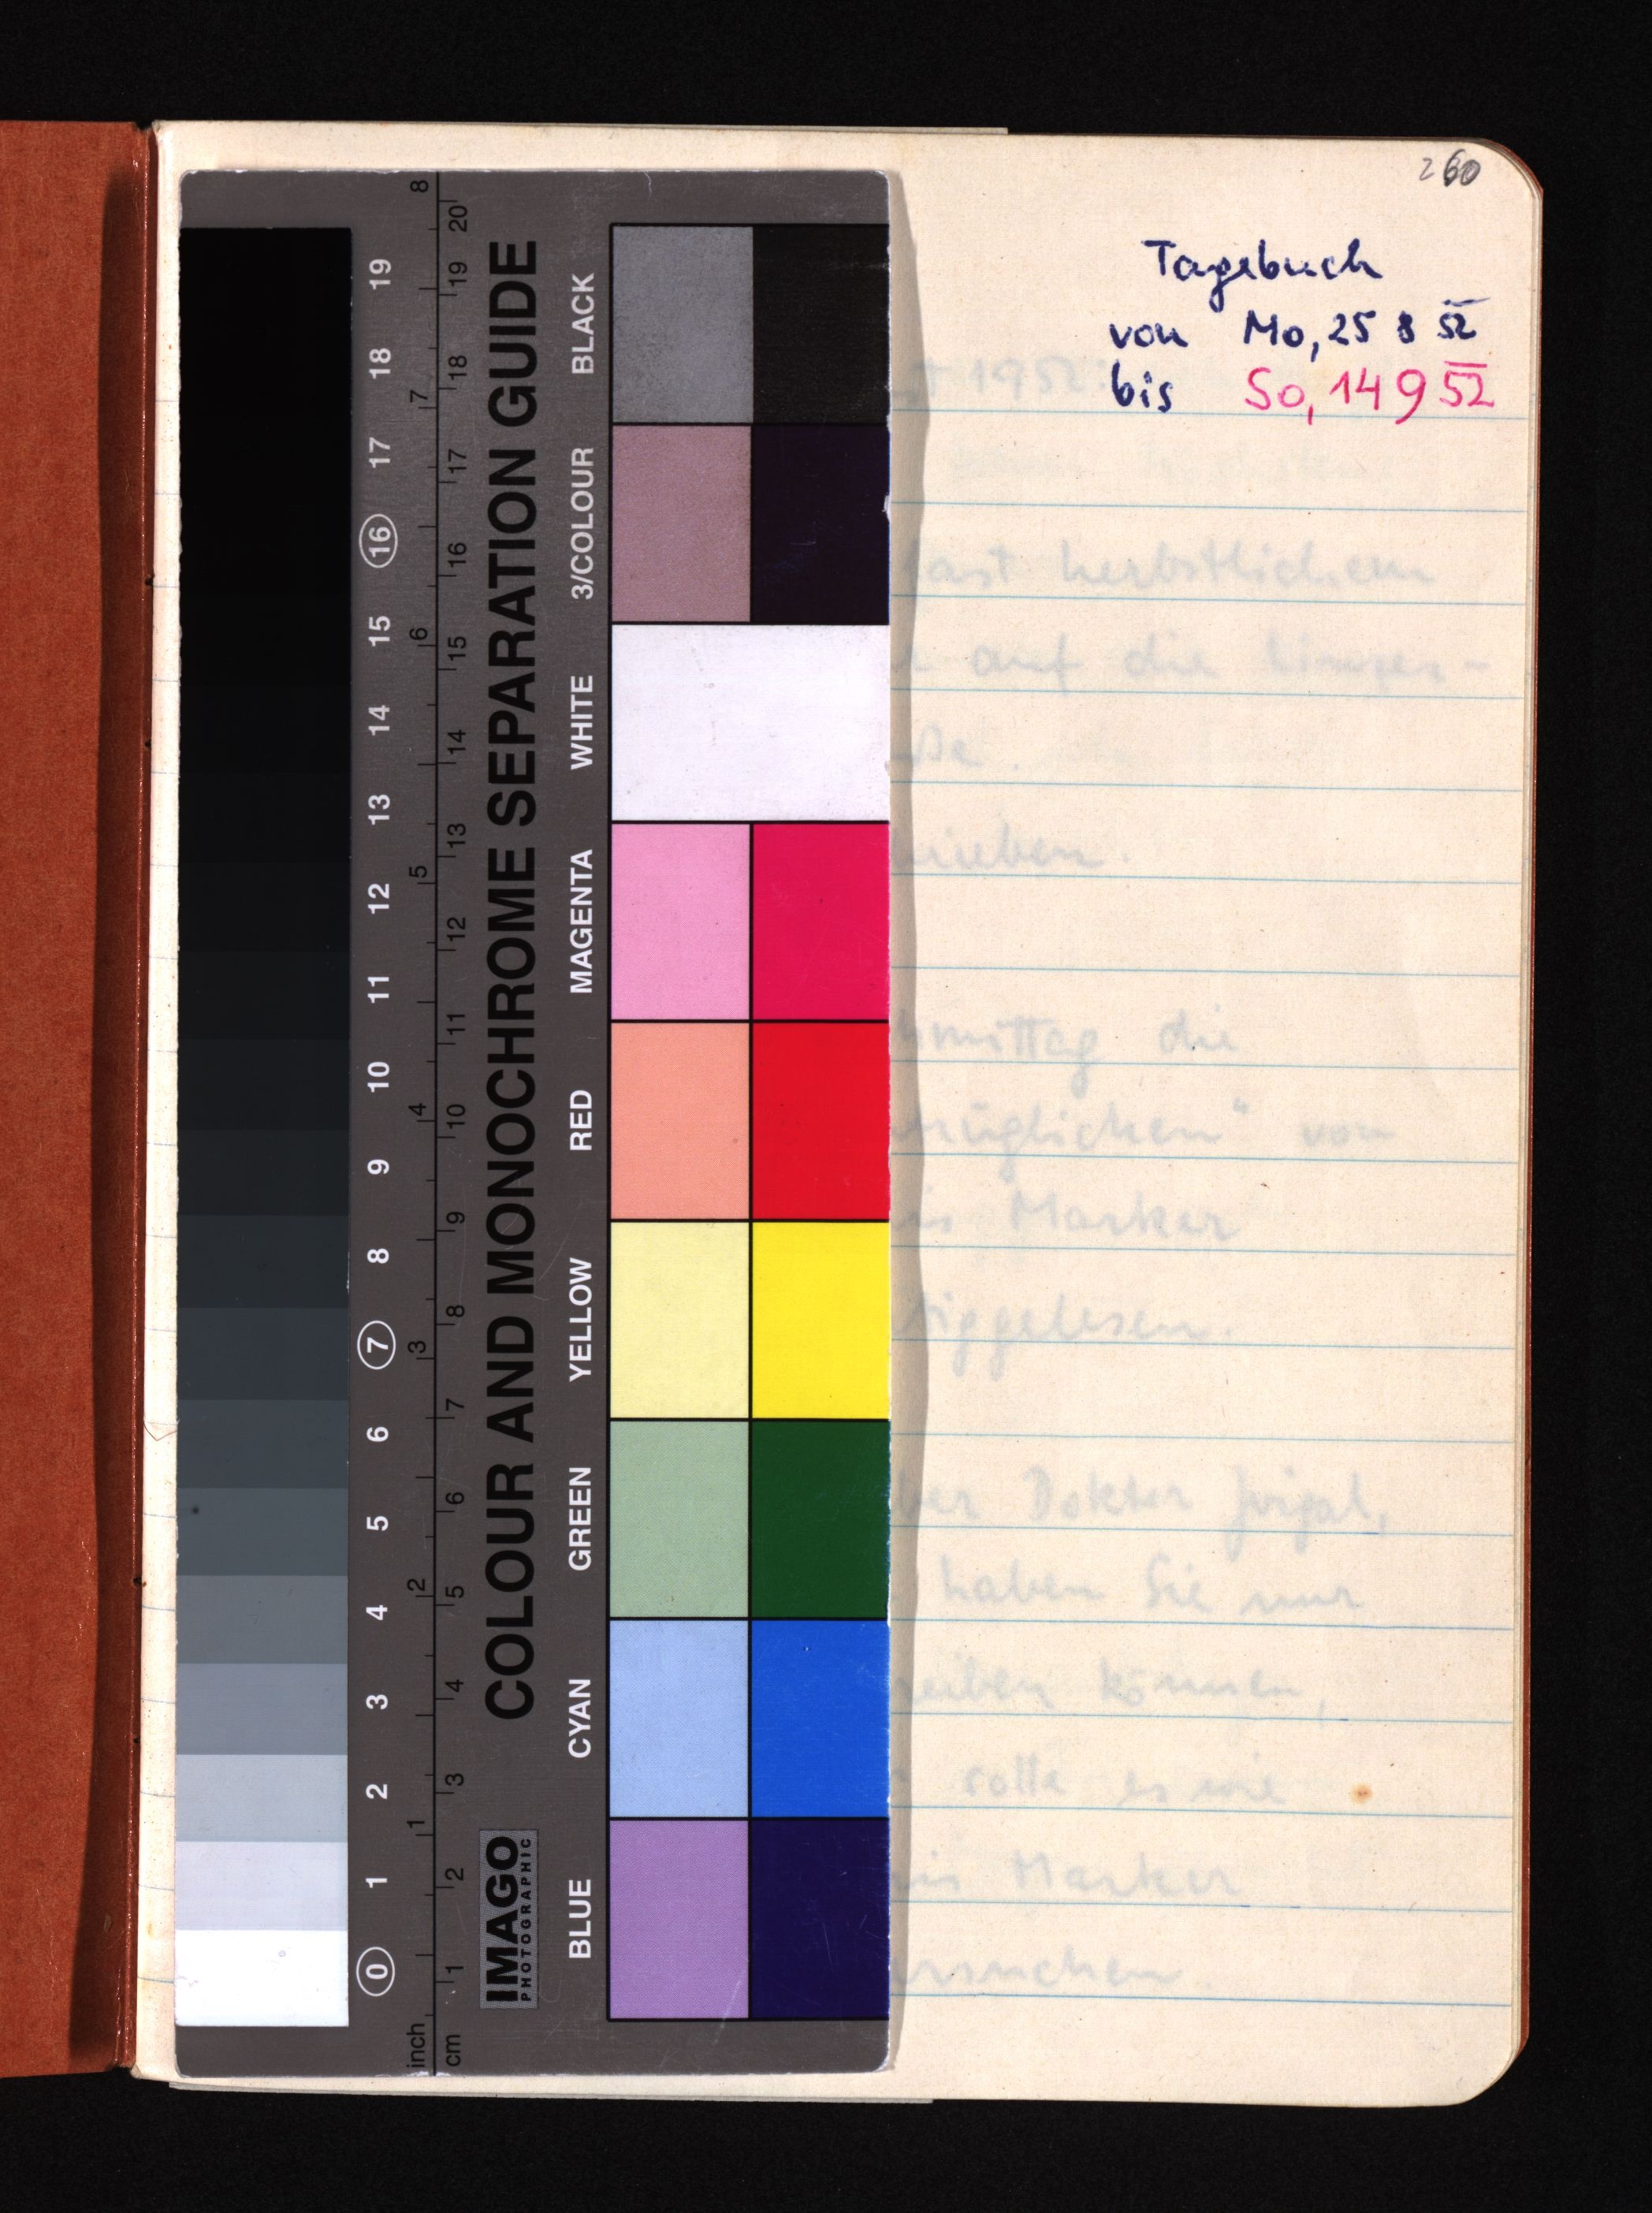
260
Tagebuch
von Mo, 25 8 52
bis So, 14 9 52